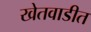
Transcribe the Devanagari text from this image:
खेतवाडीत